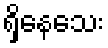
ရှိနေသေး